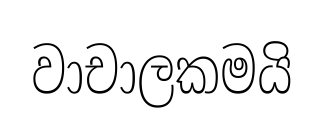
වාචාලකමයි